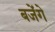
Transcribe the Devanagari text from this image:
बजेंगे